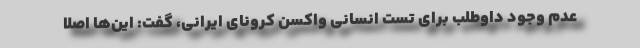
عدم وجود داوطلب برای تست انسانی واکسن کرونای ایرانی، گفت: این‌ها اصلا